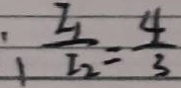
\frac { I _ { 1 } } { I _ { 2 } } = \frac { 4 } { 3 }